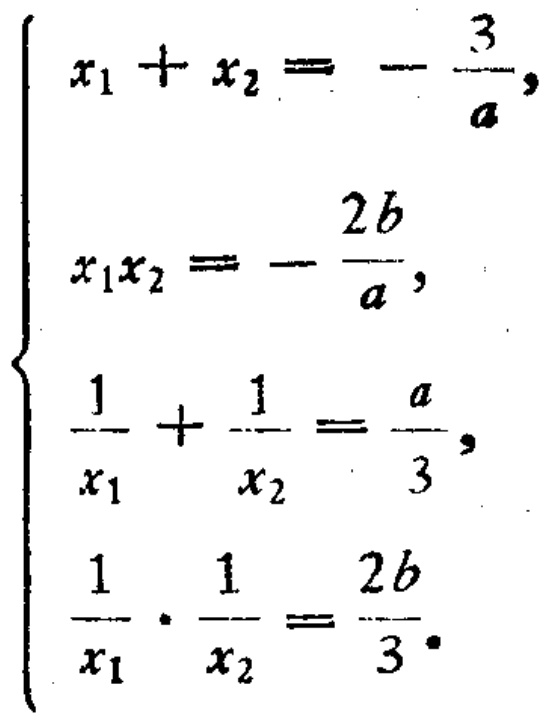
$\left\{\begin{array}{l}
x_{1}+x_{2}=-\frac{3}{a}, \\
x_{1} x_{2}=-\frac{2 b}{a}, \\
\frac{1}{x_{1}}+\frac{1}{x_{2}}=\frac{a}{3}, \\
\frac{1}{x_{1}} \cdot \frac{1}{x_{2}}=\frac{2 b}{3} .
\end{array}\right.$